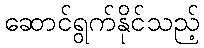
ဆောင်ရွက်နိုင်သည့်